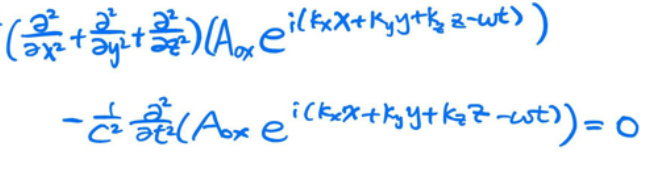
\[\left(\frac{\partial^{2}}{\partial x^{2}}+\frac{\partial^{2}}{\partial y^{2}}+\frac{\partial^{2}}{\partial z^{2}}\right)\left(A_{0x}e^{i(k_{x}x + k_{y}y + k_{z}z-\omega t)}\right)-\frac{1}{c^{2}}\frac{\partial^{2}}{\partial t^{2}}\left(A_{0x}e^{i(k_{x}x + k_{y}y + k_{z}z-\omega t)}\right)=0\]